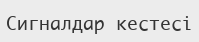
Сигналдар кестесі